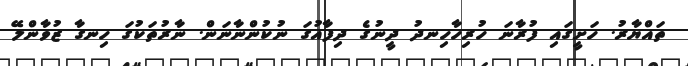
ތައްޔާރު. ހަށީގައި ފުރާނަ ހުރިހާހިނދު ދީނުގެ ދިފާއުގަ ނުކުންނާނަން. ނާރުތަކުގަ ހިނގާ ޒުވާންލޭ